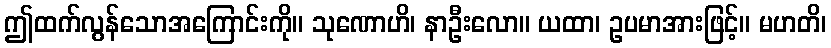
ဤထက်လွန်သောအကြောင်းကို။ သုဏောဟိ၊ နာဦးလော။ ယထာ၊ ဥပမာအားဖြင့်။ မဟတိ၊